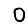
Digit: 0